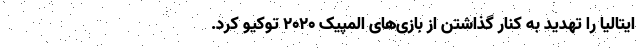
ایتالیا را تهدید به کنار گذاشتن از بازی‌های المپیک ۲۰۲۰ توکیو کرد.